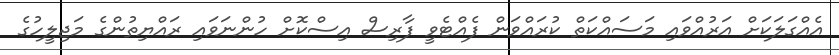
އެއްގަލަކަށް އަރުއްވައި މަސައްކަތް ކުރައްވަން ފެއްޓެވީ ފާރިސް އިސްކޮށް ހުންނަވައި ރައްޔިތުންގެ މަޖިލީހުގެ